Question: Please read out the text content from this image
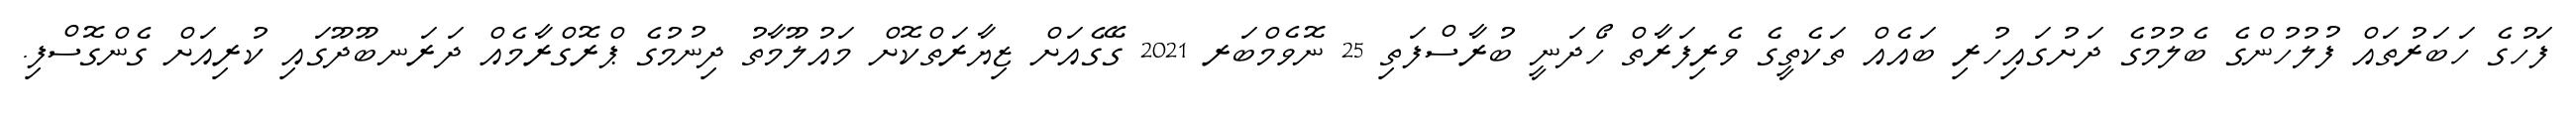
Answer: ފަހުގެ ހަބަރުތައް ފުލުހުންގެ ބެލުމުގެ ދަށުގައިހުރި ބައެއް ތަކެތީގެ ވެރިފަރާތް ހޯދަނީ ބުރާސްފަތި 25 ނޮވެމްބަރ 2021 ގޭގެއަށް ޒިޔާރަތްކޮށް މައުލޫމާތު ދިނުމުގެ ޕްރޮގްރާމެއް ދަރަނބޫދޫގައި ކުރިއަށް ގެންގޮސްފި.